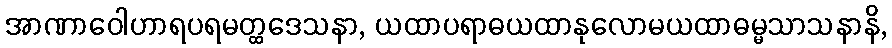
အာဏာဝေါဟာရပရမတ္ထဒေသနာ, ယထာပရာဓယထာနုလောမယထာဓမ္မသာသနာနိ,